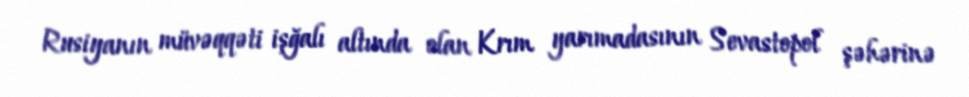
Rusiyanın müvəqqəti işğalı altında olan Krım yarımadasının Sevastopol şəhərinə